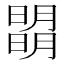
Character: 𣊧